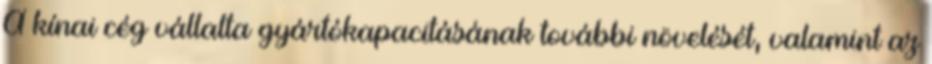
A kínai cég vállalta gyártókapacitásának további növelését, valamint az